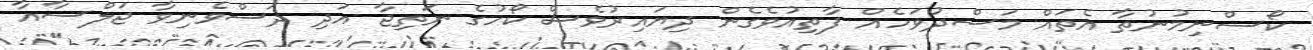
ކޯސްނިމުނުތާ އެތައް މަސްދުވަހެއް ފާތިއުވެގެން ދިޔައިރުވެސް ކޯހުގެ ނަތިޖާ އަދި ދަސްވެނިވާ ޖަލްސާއާ